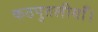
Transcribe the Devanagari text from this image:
कठपुतलीयाँ।